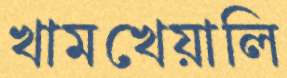
খামখেয়ালি